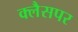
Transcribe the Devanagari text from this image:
क्लैसपर